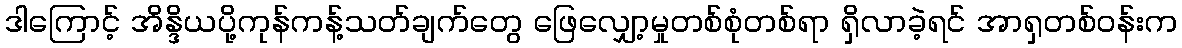
ဒါကြောင့် အိန္ဒိယပို့ကုန်ကန့်သတ်ချက်တွေ ဖြေလျှော့မှုတစ်စုံတစ်ရာ ရှိလာခဲ့ရင် အာရှတစ်ဝန်းက